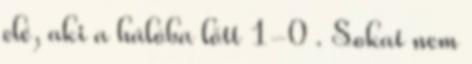
elé, aki a hálóba lőtt 1-0 . Sokat nem